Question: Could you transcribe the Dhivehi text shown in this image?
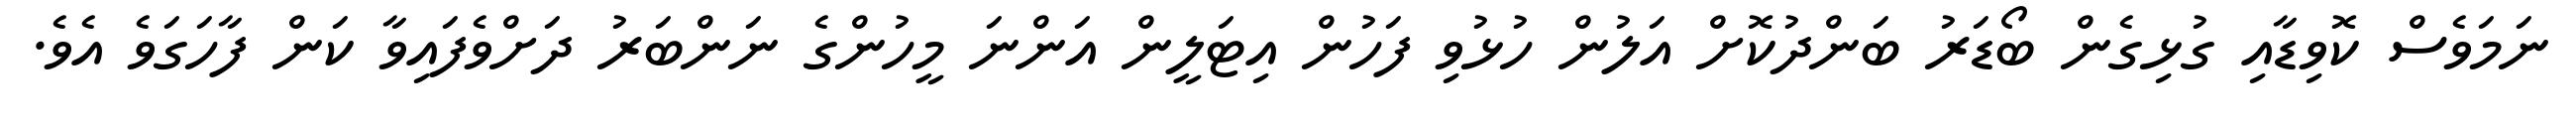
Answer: ނަމަވެސް ކޮވިޑާއި ގުޅިގެން ބޯޑަރު ބަންދުކޮށް އަލުން ހުޅުވި ފަހުން އިޓަލީން އަންނަ މީހުންގެ ނަންބަރު ދަށްވެފައިވާ ކަން ފާހަގަވެ އެވެ.